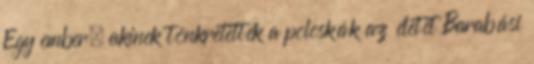
Egy ember, akinek tönkretették a poloskák az életét Barabási